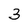
Character: 3